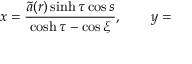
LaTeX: x = \frac { \widetilde { a } ( r ) \sinh \tau \cos s } { \cosh \tau - \cos \xi } , \qquad y =